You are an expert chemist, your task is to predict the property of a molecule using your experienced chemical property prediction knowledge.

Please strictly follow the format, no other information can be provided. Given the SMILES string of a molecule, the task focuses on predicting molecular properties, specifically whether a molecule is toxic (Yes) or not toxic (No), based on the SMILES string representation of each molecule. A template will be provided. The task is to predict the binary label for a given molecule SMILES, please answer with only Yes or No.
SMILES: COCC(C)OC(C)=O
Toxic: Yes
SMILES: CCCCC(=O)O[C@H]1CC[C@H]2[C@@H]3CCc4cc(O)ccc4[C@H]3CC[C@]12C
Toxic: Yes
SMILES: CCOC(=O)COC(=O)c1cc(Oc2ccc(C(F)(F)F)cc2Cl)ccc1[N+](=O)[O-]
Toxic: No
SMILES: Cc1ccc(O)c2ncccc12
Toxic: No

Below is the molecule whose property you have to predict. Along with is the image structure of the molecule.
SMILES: CC(C)n1c(/C=C/[C@@H](O)C[C@@H](O)CC(=O)O)c(-c2ccc(F)cc2)c2ccccc21
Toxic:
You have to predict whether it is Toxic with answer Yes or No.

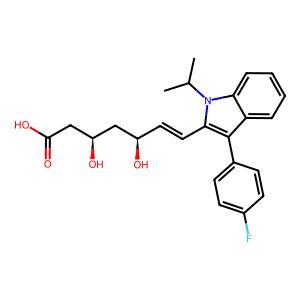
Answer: No